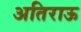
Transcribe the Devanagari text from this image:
अतिराऊ